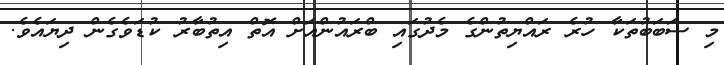
މި ސަބަބުތަކާ ހުރެ ރައްޔިތުންގެ މެދުގައި ބްރައުންއަށް އޮތް އިތުބާރު ކުޑަވެގެން ދިޔައެވެ.